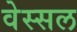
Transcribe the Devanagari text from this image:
वेस्सल